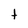
Character: t